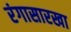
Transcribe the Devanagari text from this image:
रंगासारखा